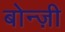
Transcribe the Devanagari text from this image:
बोन्ज़ी